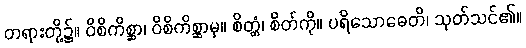
တရားတို့၌။ ဝိစိကိစ္ဆာ၊ ဝိစိကိစ္ဆာမှ။ စိတ္တံ၊ စိတ်ကို။ ပရိသောဓေတိ၊ သုတ်သင်၏။